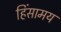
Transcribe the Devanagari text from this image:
हिंसामय